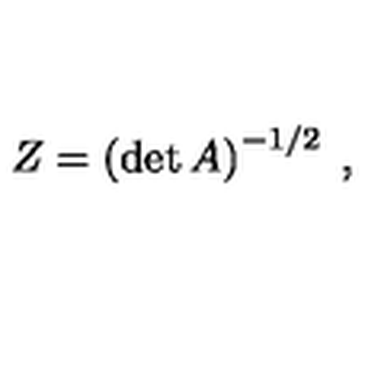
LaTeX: Z = \left( \det A \right) ^ { - 1 / 2 } \: ,